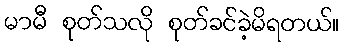
မာမီ စုတ်သလို စုတ်ခင်ခဲ့မိရတယ်။